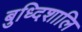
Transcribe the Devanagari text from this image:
बुध्दिशालि